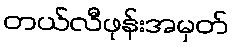
တယ်လီဖုန်းအမှတ်